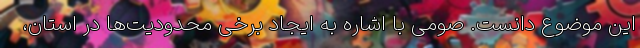
این موضوع دانست. صومی با اشاره به ایجاد برخی محدودیت‌ها در استان،